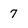
Character: 7